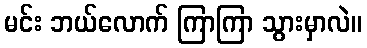
မင်း ဘယ်လောက် ကြာကြာ သွားမှာလဲ။